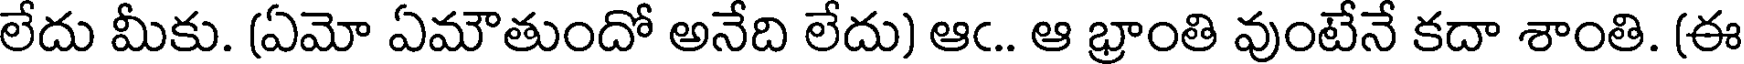
లేదు మీకు. (ఏమో ఏమౌతుందో అనేది లేదు) ఆఁ.. ఆ భ్రాంతి వుంటేనే కదా శాంతి. (ఈ